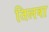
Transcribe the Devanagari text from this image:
तिलवा